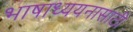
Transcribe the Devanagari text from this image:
भाषाध्ययनासाठी